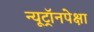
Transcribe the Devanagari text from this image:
न्यूट्रॉनपेक्षा